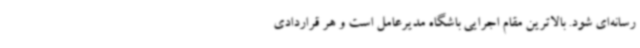
رسانه‌ای شود. بالاترین مقام اجرایی باشگاه مدیرعامل است و هر قراردادی